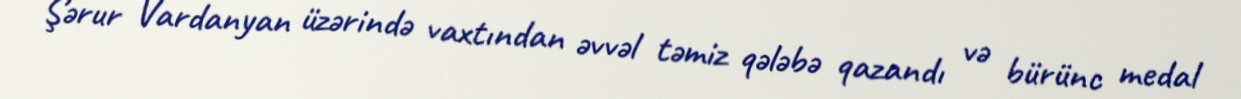
Şərur Vardanyan üzərində vaxtından əvvəl təmiz qələbə qazandı və bürünc medal